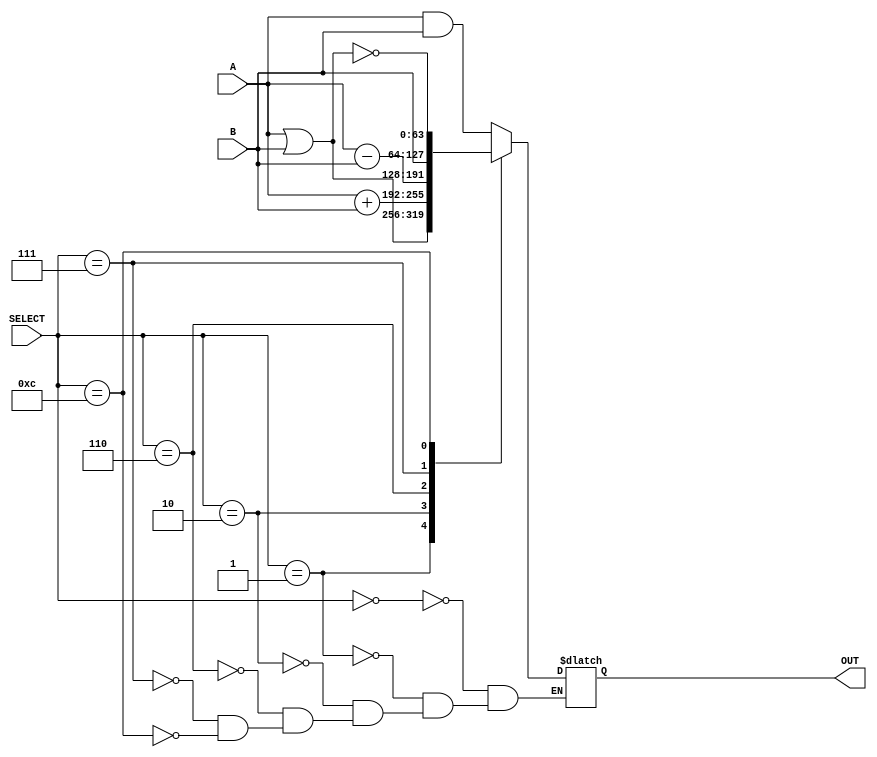
`timescale 1ns / 1ps

module alu
(
  input [63:0] A,B,
  input [3:0] SELECT,
  output [63:0] OUT
);

  reg [63:0] RESULT;
  wire [64:0] temp;
  assign OUT = RESULT;
  always @(A or B or SELECT)
  begin
	case(SELECT)
    	4'b0000: // 0 -> AND
        	RESULT = A & B;
    	4'b0001: // 1 -> OR
        	RESULT = A | B;
    	4'b0010: // 2 -> ADD
        	RESULT = A + B;
    	4'b0110: // 6 -> SUB
        	RESULT = A - B;
    	4'b0111: // 7 -> PASS B
        	RESULT = B;
    	4'b1100: // 12 -> NOR
        	RESULT = ~(A | B);   	 
	endcase
   end
endmodule